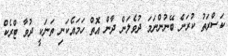
ކަސްރަތު ކުރަން ބޭނުންނަމަ ދުވެލަން ދާން އޮތް ހަމައެކަނި ތަނަކީ ދުވާ ޓްރެކް